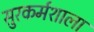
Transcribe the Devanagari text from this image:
सुरकर्मशाला